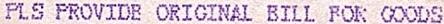
PLS PROVIDE ORIGINAL BILL FOR GOODS